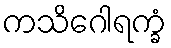
ကသိဂေါရက္ခံ